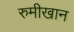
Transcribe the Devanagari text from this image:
रुमीखान